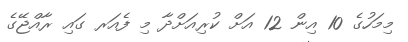
މިމަހުގެ 10 އިން 12 އަށް ކުރިއަށްދާ މި ފެއަރ ގައި ރާއްޖޭގެ